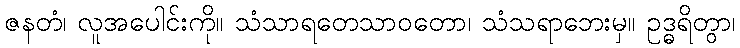
ဇနတံ၊ လူအပေါင်းကို။ သံသာရတေသာဝတော၊ သံသရာဘေးမှ။ ဥဒ္ဓရိတွာ၊